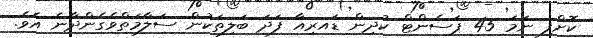
ކޮށްފި ނަމަ 45 ޕަސެންޓް ކުދިން ޑައރިއާ ފަދަ ބަލިތަކުން ސަލާމަތްވެގެންދާނެ އެވެ.